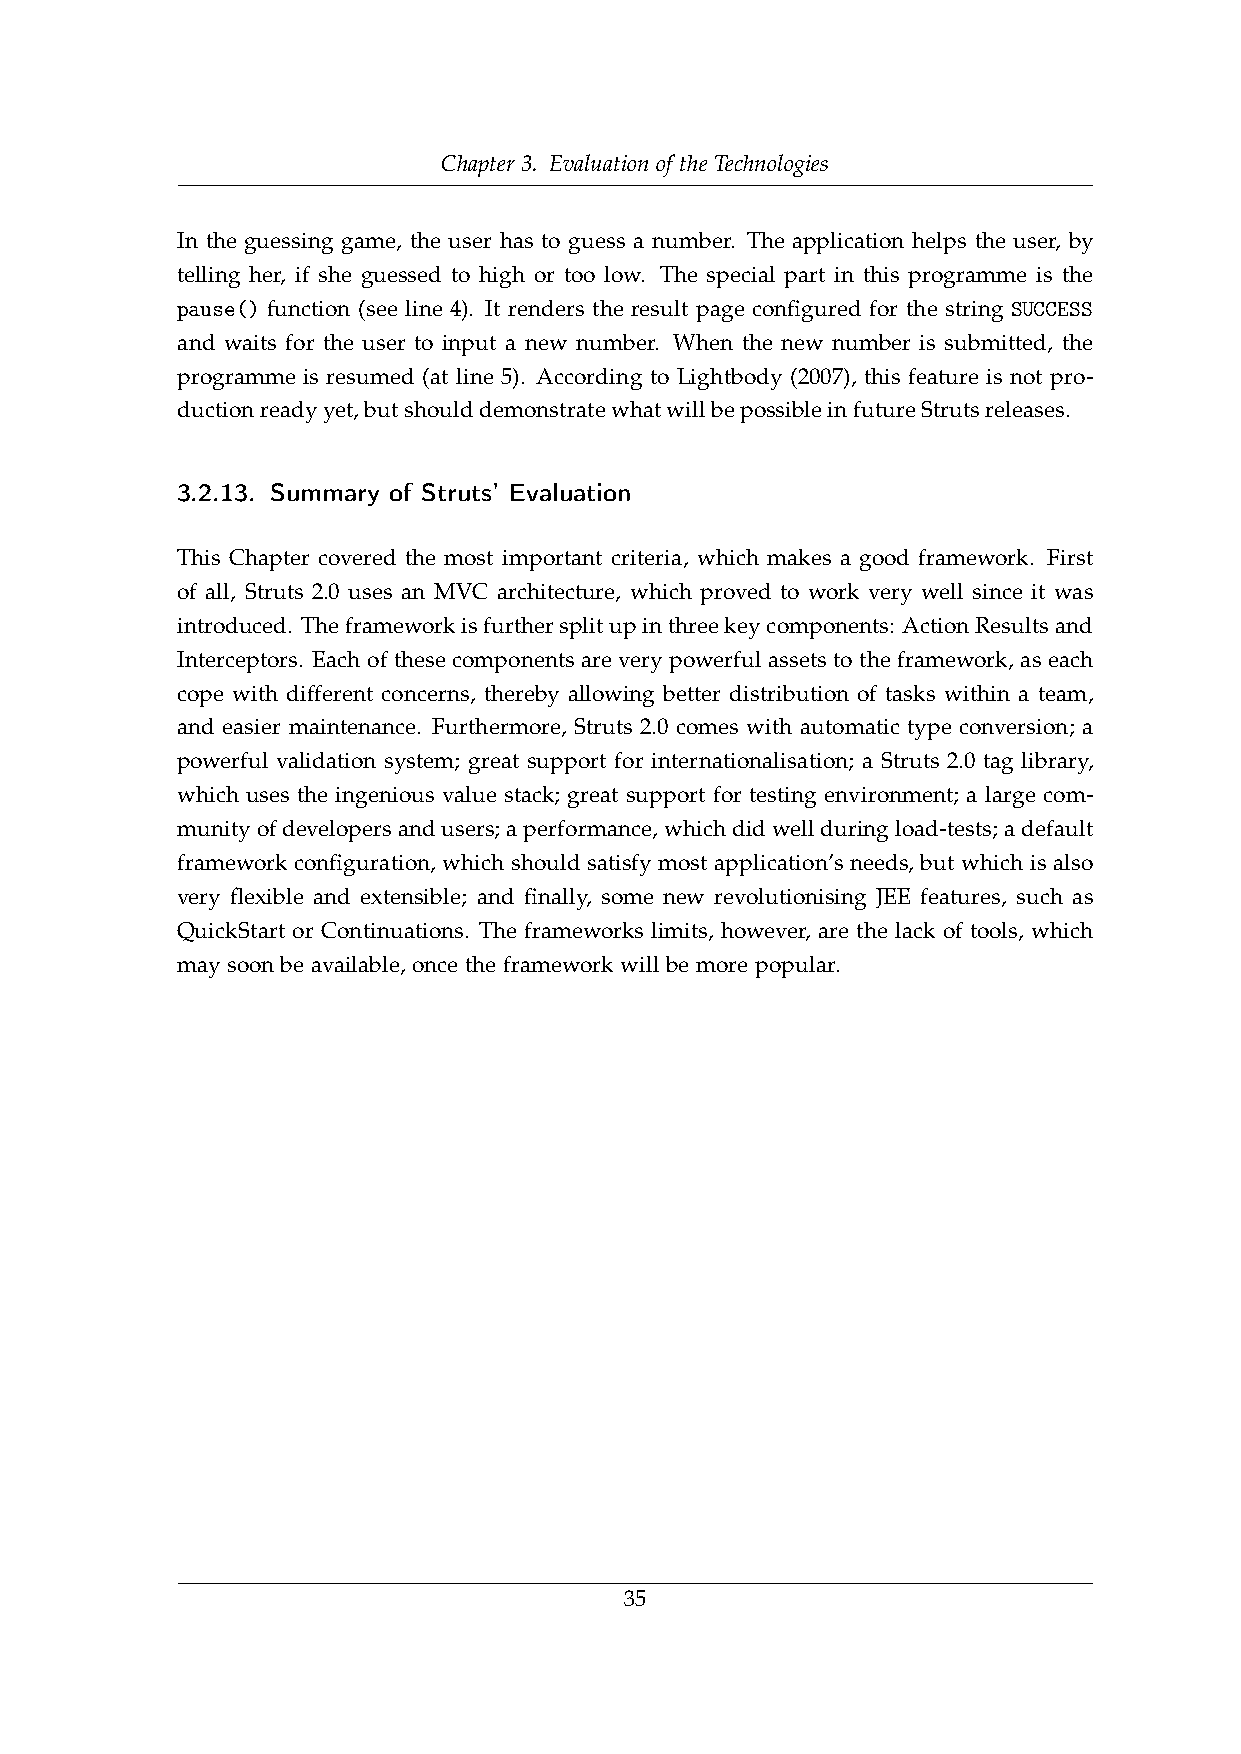
Chapter 3. Evaluation of the Technologies
 In the guessing game, the user has to guess a number. The application helps the user, by
 telling her, if she guessed to high or too low. The special part in this programme is the
 pause() function (see line 4). It renders the result page configured for the string SUCCESS
 and waits for the user to input a new number. When the new number is submitted, the
 programme is resumed (at line 5). According to Lightbody (2007), this feature is not pro-
 ductionreadyyet,butshoulddemonstratewhatwillbepossibleinfutureStrutsreleases.
 3.2.13. Summary of Struts’ Evaluation
 This Chapter covered the most important criteria, which makes a good framework. First
 of all, Struts 2.0 uses an MVC architecture, which proved to work very well since it was
 introduced. Theframeworkisfurthersplitupinthreekeycomponents: ActionResultsand
 Interceptors. Each of these components are very powerful assets to the framework, as each
 cope with different concerns, thereby allowing better distribution of tasks within a team,
 and easier maintenance. Furthermore, Struts 2.0 comes with automatic type conversion; a
 powerful validation system; great support for internationalisation; a Struts 2.0 tag library,
 which uses the ingenious value stack; great support for testing environment; a large com-
 munityofdevelopersandusers;aperformance,whichdidwellduringload-tests;adefault
 framework configuration, which should satisfy most application’s needs, but which is also
 very flexible and extensible; and finally, some new revolutionising JEE features, such as
 QuickStart or Continuations. The frameworks limits, however, are the lack of tools, which
 may soon be available, once the framework will be more popular.
 35